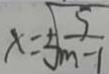
x = \pm \sqrt { \frac { 5 } { m - 1 } }